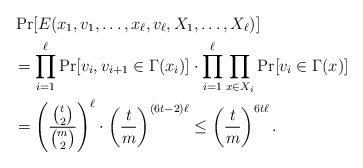
\begin{align*}&\Pr[E(x_1,v_1,\ldots,x_{\ell},v_{\ell},X_1,\ldots,X_{\ell})] \\&= \prod_{i=1}^{\ell} \Pr[v_i,v_{i+1} \in \Gamma(x_i)] \cdot \prod_{i=1}^{\ell} \prod_{x \in X_i} \Pr[v_i \in \Gamma(x)]\\&=\left( \frac{{t \choose 2}}{{m \choose 2}} \right)^{\ell} \cdot \left( \frac{t}{m}\right)^{(6t-2)\ell}\le \left( \frac{t}{m}\right)^{6 t \ell}.\end{align*}